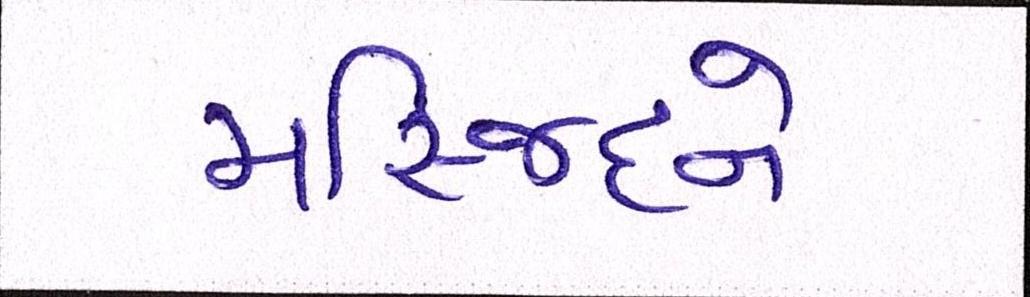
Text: મસ્જિદને